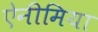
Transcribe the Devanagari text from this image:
ऐनीमिया